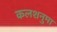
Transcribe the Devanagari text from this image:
कलशनुमा